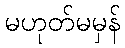
မဟုတ်မမှန်